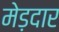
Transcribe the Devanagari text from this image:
मेड़दार